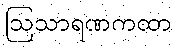
ဩသာရဏကထာ